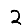
Digit: 2